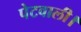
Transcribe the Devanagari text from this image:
पेटवाली।